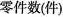
零件数(件)